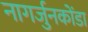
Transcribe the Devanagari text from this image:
नागर्जुनकोंडा